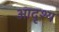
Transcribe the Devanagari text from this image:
आदृश्य